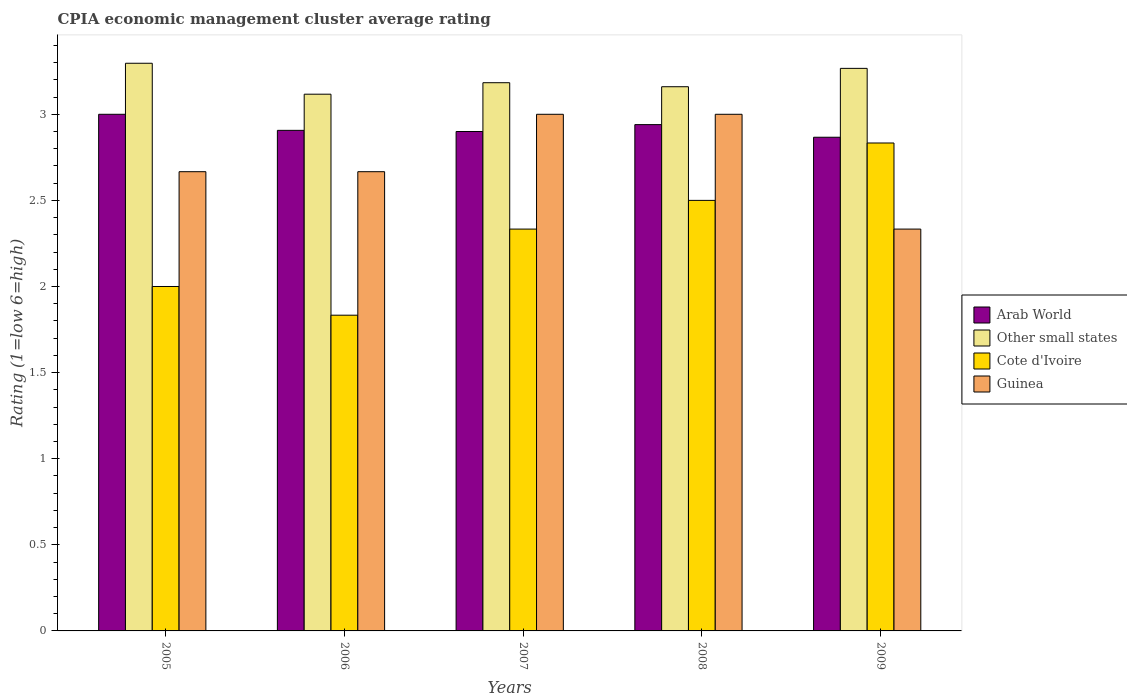
| Years | Arab World | Other small states | Cote d'Ivoire | Guinea |
 | --- | --- | --- | --- | --- |
 | 2005 | 3 | 3.3 | 2 | 2.67 |
 | 2006 | 2.91 | 3.12 | 1.83 | 2.67 |
 | 2007 | 2.9 | 3.18 | 2.33 | 3 |
 | 2008 | 2.94 | 3.16 | 2.5 | 3 |
 | 2009 | 2.87 | 3.27 | 2.83 | 2.33 |